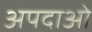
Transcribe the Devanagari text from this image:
अपदाओं